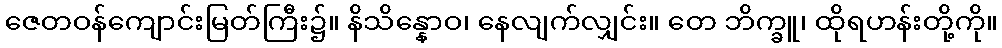
ဇေတဝန်ကျောင်းမြတ်ကြီး၌။ နိသိန္နောဝ၊ နေလျက်လျှင်း။ တေ ဘိက္ခူ၊ ထိုရဟန်းတို့ကို။